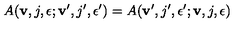
A ( { \bf v } , j , \epsilon ; { \bf v } ^ { \prime } , j ^ { \prime } , \epsilon ^ { \prime } ) = A ( { \bf v } ^ { \prime } , j ^ { \prime } , \epsilon ^ { \prime } ; { \bf v } , j , \epsilon )